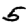
Digit: 5